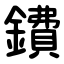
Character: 鐨